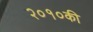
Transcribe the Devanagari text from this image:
२०१०की